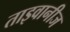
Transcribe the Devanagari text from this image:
ताइवानीज